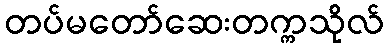
တပ်မတော်ဆေးတက္ကသိုလ်